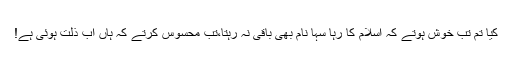
کیا تم تب خوش ہوتے کہ اسلام کا رہا سہا نام بھی باقی نہ رہتا،تب محسوس کرتے کہ ہاں اب ذلت ہوئی ہے!